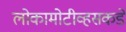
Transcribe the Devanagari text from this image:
लोकामोटीव्हसकडे